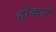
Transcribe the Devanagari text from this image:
होकने